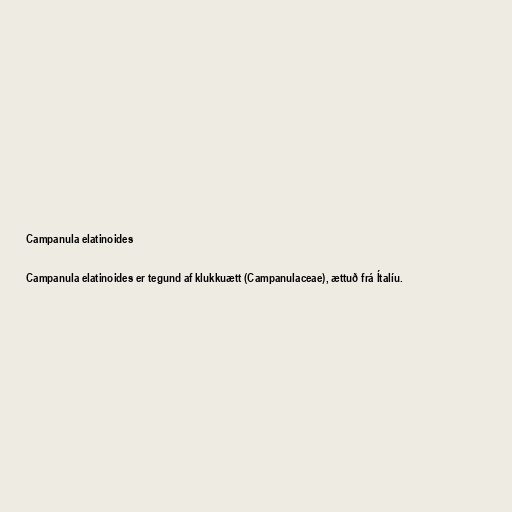
Campanula elatinoides

Campanula elatinoides er tegund af klukkuætt (Campanulaceae), ættuð frá Ítalíu.